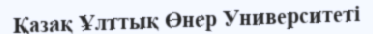
Қазақ Ұлттық Өнер Университеті